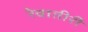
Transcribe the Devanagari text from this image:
रेवातीरीं